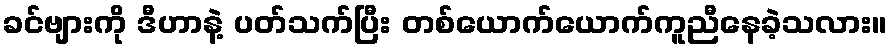
ခင်ဗျားကို ဒီဟာနဲ့ ပတ်သက်ပြီး တစ်ယောက်ယောက်ကူညီနေခဲ့သလား။